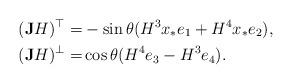
LaTeX: \begin{align*}(\mathbf JH)^\top=&-\sin\theta(H^3x_*e_1+H^4x_*e_2),\\(\mathbf JH)^\bot=&\cos\theta(H^4e_3-H^3e_4).\end{align*}